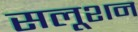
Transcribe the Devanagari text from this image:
सलूशन